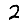
Digit: 2